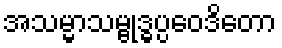
အသမ္မာသမ္ဗုဒ္ဓပ္ပဝေဒိတော